Report of the Indian Hemp Drugs Commission, 1894-1895 - Volume VIII
Year: 1894
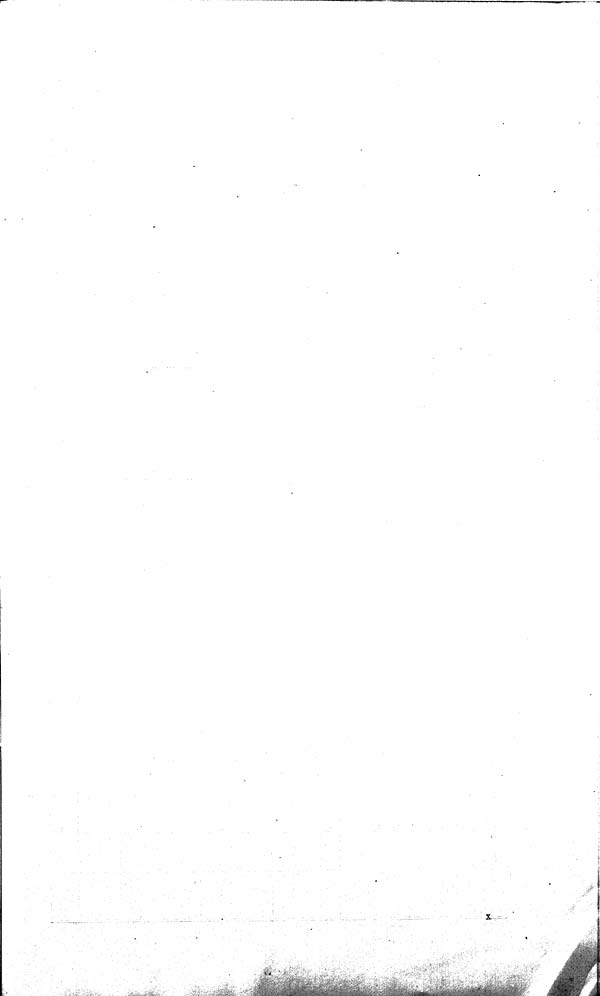
X